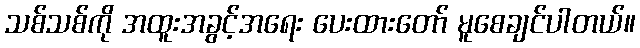
သစ်သစ်ကို အထူးအခွင့်အရေး ပေးထားတော် မူစေချင်ပါတယ်။